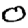
Digit: 0